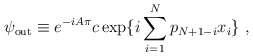
\begin{align*}\psi_{\rm out} \equiv e^{-i A \pi} c \exp \{ i \sum_{i=1}^N p_{N + 1 - i} x_i \}\,\,,\end{align*}